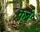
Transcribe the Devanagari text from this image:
क़र्ब